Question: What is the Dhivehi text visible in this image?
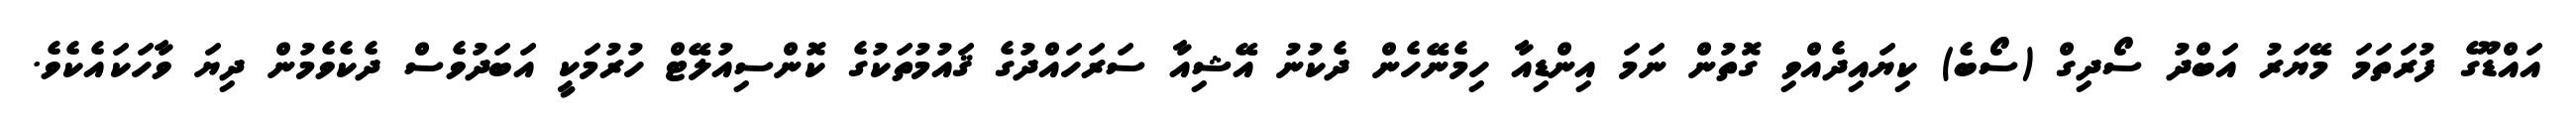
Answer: އައްޑޫގެ ފުރަތަމަ މޭޔަރު އަބްދު ސޯދިގް (ސޯބެ) ކިޔައިދެއްވި ގޮތުން ނަމަ އިންޑިއާ ހިމެނޭހެން ދެކުނު އޭޝިއާ ސަރަހައްދުގެ ޤައުމުތަކުގެ ކޮންސިއުލޭޓް ހުރުމަކީ އަބަދުވެސް ދެކެވެމުން ދިޔަ ވާހަކައެކެވެ.